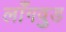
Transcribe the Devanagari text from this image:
लाँगवुड